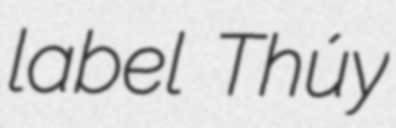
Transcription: label Thúy